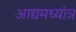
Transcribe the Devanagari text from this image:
आद्यमध्यांत्र